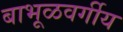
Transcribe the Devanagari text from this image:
बाभूळवर्गीय